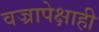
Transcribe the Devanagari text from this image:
वज्रापेक्षाही